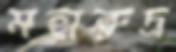
মহারুদ্র